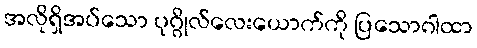
အလိုရှိအပ်သော ပုဂ္ဂိုလ်လေးယောက်ကို ပြသောဂါထာ